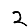
Digit: 2